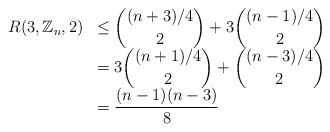
LaTeX: \begin{align*}\begin{array}{rl}\displaystyle R(3,\mathbb{Z}_n,2) & \displaystyle \leq { (n+3)/4 \choose 2 }+3{(n-1)/4 \choose 2} \\&\displaystyle = 3{(n+1)/4 \choose 2} + { (n-3)/4 \choose 2 } \\&\displaystyle = \frac{(n-1)(n-3)}{8}\end{array}\end{align*}